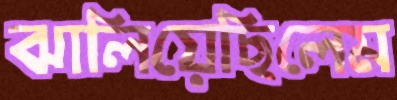
ঝালিয়েছিলেম